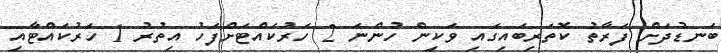
ބަނޑުދަށް ފަރާތު ކޮތަރިބައިގައި ވަކިން ހުންނަ 2 ހަރުކައްޓަށްފަހު އިތުރު 1 ހަރުކައްޓާއި